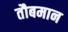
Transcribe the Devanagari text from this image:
तौबमान